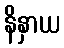
နိနှာယ